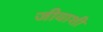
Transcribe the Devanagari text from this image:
जीवाशी